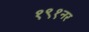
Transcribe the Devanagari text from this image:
१९१नर